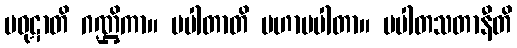
ပဝုဋာတိ ဂဏ္ဌိကာ။ ပပါတာတိ မဟာပပါတာ။ ပပါတသတာနီတိ